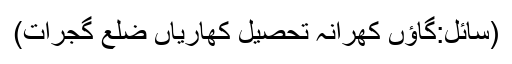
(سائل:گاؤں کھرانہ تحصیل کھاریاں ضلع گجرات)